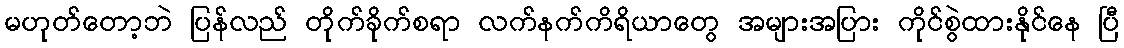
မဟုတ်တော့ဘဲ ပြန်လည် တိုက်ခိုက်စရာ လက်နက်ကိရိယာတွေ အများအပြား ကိုင်စွဲထားနိုင်နေ ပြီ